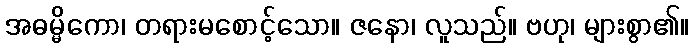
အဓမ္မိကော၊ တရားမစောင့်သော။ ဇနော၊ လူသည်။ ဗဟု၊ များစွာ၏။